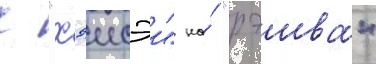
с "хэисэи" на́ "рэива"